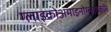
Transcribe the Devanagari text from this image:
ग्लाइकोअमाइनोग्लाइकॉन